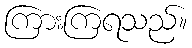
ကြားကြရသည်။